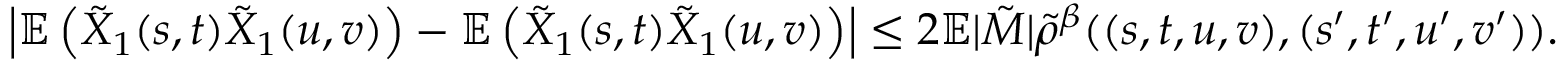
\left| \mathbb { E } \left( \tilde { X } _ { 1 } ( s , t ) \tilde { X } _ { 1 } ( u , v ) \right) - \mathbb { E } \left( \tilde { X } _ { 1 } ( s , t ) \tilde { X } _ { 1 } ( u , v ) \right) \right| \le 2 \mathbb { E } | \tilde { M } | \tilde { \rho } ^ { \beta } ( ( s , t , u , v ) , ( s ^ { \prime } , t ^ { \prime } , u ^ { \prime } , v ^ { \prime } ) ) .